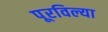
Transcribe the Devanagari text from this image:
पूरविल्या